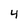
Character: 4